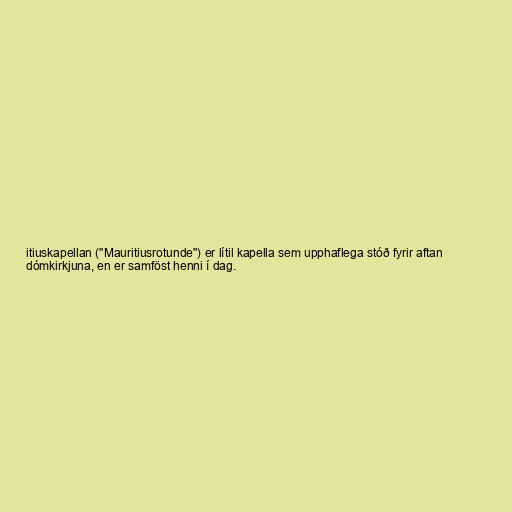
itiuskapellan ("Mauritiusrotunde") er lítil kapella sem upphaflega stóð fyrir aftan
dómkirkjuna, en er samföst henni í dag.